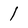
Character: 1